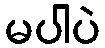
မပါပဲ